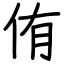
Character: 侑